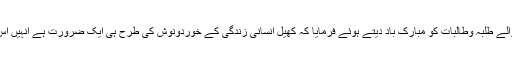
انہوں نے تمام جیتنے والے طلبہ وطالبات کو مبارک باد دیتے ہوئے فرمایا کہ کھیل انسانی زندگی کے خوردونوش کی طرح ہی ایک ضرورت ہے انہیں اس پر توجہ دینی چاہیے۔